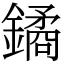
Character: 鐍